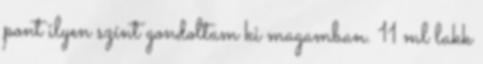
pont ilyen színt gondoltam ki magamban. 11 ml lakk